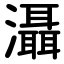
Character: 灄